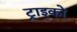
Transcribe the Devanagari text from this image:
ट्राइको